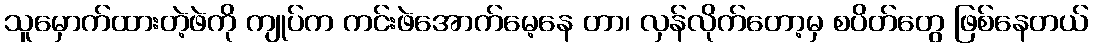
သူမှောက်ထားတဲ့ဖဲကို ကျုပ်က ကင်းဖဲအောက်မေ့နေ တာ၊ လှန်လိုက်တော့မှ စပိတ်တွေ ဖြစ်နေတယ်